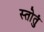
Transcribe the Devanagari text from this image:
स्तोतुं